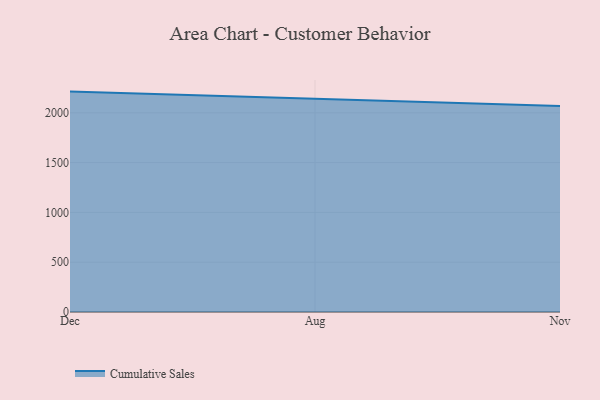
{"axis": {"x": "Month", "y": "Net Income (USD K)"}, "legend": ["Cumulative Sales"], "data": [{"x": "Dec", "y": 2212.9, "type": "Cumulative Sales"}, {"x": "Aug", "y": 2143.3, "type": "Cumulative Sales"}, {"x": "Nov", "y": 2067.1, "type": "Cumulative Sales"}]}